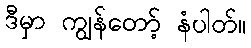
ဒီမှာ ကျွန်တော့် နံပါတ်။